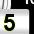
Digit: 5